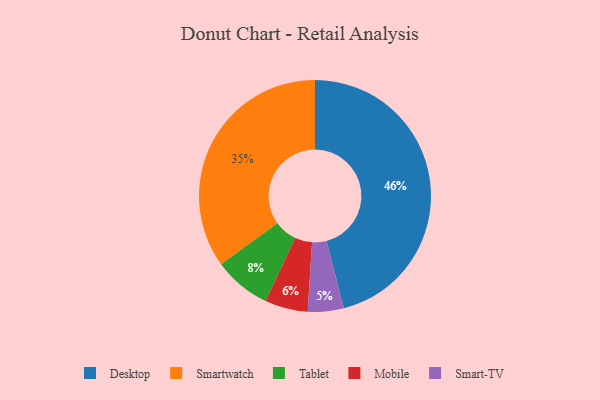
{"axis": {"x": "Category", "y": "Percentage"}, "legend": ["Desktop", "Mobile", "Smart-TV", "Smartwatch", "Tablet"], "data": [{"x": "Mobile", "y": 6, "type": "Mobile"}, {"x": "Smartwatch", "y": 35, "type": "Smartwatch"}, {"x": "Smart-TV", "y": 5, "type": "Smart-TV"}, {"x": "Desktop", "y": 46, "type": "Desktop"}, {"x": "Tablet", "y": 8, "type": "Tablet"}]}